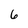
Character: 6